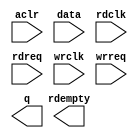
// megafunction wizard: %FIFO%VBB%
// GENERATION: STANDARD
// VERSION: WM1.0
// MODULE: dcfifo 

// ============================================================
// Megafunction Name(s):
// 			dcfifo
//
// Simulation Library Files(s):
// 			altera_mf
// ============================================================
// ************************************************************
// THIS IS A WIZARD-GENERATED FILE. DO NOT EDIT THIS FILE!
//
// 9.1 Build 350 03/24/2010 SP 2 SJ Full Version
// ************************************************************

//Copyright (C) 1991-2010 Altera Corporation
//Your use of Altera Corporation's design tools, logic functions 
//and other software and tools, and its AMPP partner logic 
//functions, and any output files from any of the foregoing 
//(including device programming or simulation files), and any 
//associated documentation or information are expressly subject 
//to the terms and conditions of the Altera Program License 
//Subscription Agreement, Altera MegaCore Function License 
//Agreement, or other applicable license agreement, including, 
//without limitation, that your use is for the sole purpose of 
//programming logic devices manufactured by Altera and sold by 
//Altera or its authorized distributors.  Please refer to the 
//applicable agreement for further details.

module DcFifo_32x12 (
	aclr,
	data,
	rdclk,
	rdreq,
	wrclk,
	wrreq,
	q,
	rdempty);

	input	  aclr;
	input	[11:0]  data;
	input	  rdclk;
	input	  rdreq;
	input	  wrclk;
	input	  wrreq;
	output	[11:0]  q;
	output	  rdempty;
`ifndef ALTERA_RESERVED_QIS
// synopsys translate_off
`endif
	tri0	  aclr;
`ifndef ALTERA_RESERVED_QIS
// synopsys translate_on
`endif

endmodule

// ============================================================
// CNX file retrieval info
// ============================================================
// Retrieval info: PRIVATE: AlmostEmpty NUMERIC "0"
// Retrieval info: PRIVATE: AlmostEmptyThr NUMERIC "-1"
// Retrieval info: PRIVATE: AlmostFull NUMERIC "0"
// Retrieval info: PRIVATE: AlmostFullThr NUMERIC "-1"
// Retrieval info: PRIVATE: CLOCKS_ARE_SYNCHRONIZED NUMERIC "0"
// Retrieval info: PRIVATE: Clock NUMERIC "4"
// Retrieval info: PRIVATE: Depth NUMERIC "32"
// Retrieval info: PRIVATE: Empty NUMERIC "1"
// Retrieval info: PRIVATE: Full NUMERIC "1"
// Retrieval info: PRIVATE: INTENDED_DEVICE_FAMILY STRING "Arria GX"
// Retrieval info: PRIVATE: LE_BasedFIFO NUMERIC "0"
// Retrieval info: PRIVATE: LegacyRREQ NUMERIC "0"
// Retrieval info: PRIVATE: MAX_DEPTH_BY_9 NUMERIC "0"
// Retrieval info: PRIVATE: OVERFLOW_CHECKING NUMERIC "0"
// Retrieval info: PRIVATE: Optimize NUMERIC "0"
// Retrieval info: PRIVATE: RAM_BLOCK_TYPE NUMERIC "0"
// Retrieval info: PRIVATE: SYNTH_WRAPPER_GEN_POSTFIX STRING "0"
// Retrieval info: PRIVATE: UNDERFLOW_CHECKING NUMERIC "0"
// Retrieval info: PRIVATE: UsedW NUMERIC "1"
// Retrieval info: PRIVATE: Width NUMERIC "12"
// Retrieval info: PRIVATE: dc_aclr NUMERIC "1"
// Retrieval info: PRIVATE: diff_widths NUMERIC "0"
// Retrieval info: PRIVATE: msb_usedw NUMERIC "0"
// Retrieval info: PRIVATE: output_width NUMERIC "12"
// Retrieval info: PRIVATE: rsEmpty NUMERIC "1"
// Retrieval info: PRIVATE: rsFull NUMERIC "0"
// Retrieval info: PRIVATE: rsUsedW NUMERIC "0"
// Retrieval info: PRIVATE: sc_aclr NUMERIC "0"
// Retrieval info: PRIVATE: sc_sclr NUMERIC "0"
// Retrieval info: PRIVATE: wsEmpty NUMERIC "0"
// Retrieval info: PRIVATE: wsFull NUMERIC "0"
// Retrieval info: PRIVATE: wsUsedW NUMERIC "0"
// Retrieval info: CONSTANT: INTENDED_DEVICE_FAMILY STRING "Arria GX"
// Retrieval info: CONSTANT: LPM_NUMWORDS NUMERIC "32"
// Retrieval info: CONSTANT: LPM_SHOWAHEAD STRING "ON"
// Retrieval info: CONSTANT: LPM_TYPE STRING "dcfifo"
// Retrieval info: CONSTANT: LPM_WIDTH NUMERIC "12"
// Retrieval info: CONSTANT: LPM_WIDTHU NUMERIC "5"
// Retrieval info: CONSTANT: OVERFLOW_CHECKING STRING "ON"
// Retrieval info: CONSTANT: RDSYNC_DELAYPIPE NUMERIC "4"
// Retrieval info: CONSTANT: UNDERFLOW_CHECKING STRING "ON"
// Retrieval info: CONSTANT: USE_EAB STRING "ON"
// Retrieval info: CONSTANT: WRITE_ACLR_SYNCH STRING "OFF"
// Retrieval info: CONSTANT: WRSYNC_DELAYPIPE NUMERIC "4"
// Retrieval info: USED_PORT: aclr 0 0 0 0 INPUT GND aclr
// Retrieval info: USED_PORT: data 0 0 12 0 INPUT NODEFVAL data[11..0]
// Retrieval info: USED_PORT: q 0 0 12 0 OUTPUT NODEFVAL q[11..0]
// Retrieval info: USED_PORT: rdclk 0 0 0 0 INPUT NODEFVAL rdclk
// Retrieval info: USED_PORT: rdempty 0 0 0 0 OUTPUT NODEFVAL rdempty
// Retrieval info: USED_PORT: rdreq 0 0 0 0 INPUT NODEFVAL rdreq
// Retrieval info: USED_PORT: wrclk 0 0 0 0 INPUT NODEFVAL wrclk
// Retrieval info: USED_PORT: wrreq 0 0 0 0 INPUT NODEFVAL wrreq
// Retrieval info: CONNECT: @data 0 0 12 0 data 0 0 12 0
// Retrieval info: CONNECT: q 0 0 12 0 @q 0 0 12 0
// Retrieval info: CONNECT: @wrreq 0 0 0 0 wrreq 0 0 0 0
// Retrieval info: CONNECT: @rdreq 0 0 0 0 rdreq 0 0 0 0
// Retrieval info: CONNECT: @rdclk 0 0 0 0 rdclk 0 0 0 0
// Retrieval info: CONNECT: @wrclk 0 0 0 0 wrclk 0 0 0 0
// Retrieval info: CONNECT: rdempty 0 0 0 0 @rdempty 0 0 0 0
// Retrieval info: CONNECT: @aclr 0 0 0 0 aclr 0 0 0 0
// Retrieval info: LIBRARY: altera_mf altera_mf.altera_mf_components.all
// Retrieval info: GEN_FILE: TYPE_NORMAL DcFifo_32x12.v TRUE
// Retrieval info: GEN_FILE: TYPE_NORMAL DcFifo_32x12.inc FALSE
// Retrieval info: GEN_FILE: TYPE_NORMAL DcFifo_32x12.cmp FALSE
// Retrieval info: GEN_FILE: TYPE_NORMAL DcFifo_32x12.bsf TRUE
// Retrieval info: GEN_FILE: TYPE_NORMAL DcFifo_32x12_inst.v FALSE
// Retrieval info: GEN_FILE: TYPE_NORMAL DcFifo_32x12_bb.v TRUE
// Retrieval info: GEN_FILE: TYPE_NORMAL DcFifo_32x12_waveforms.html TRUE
// Retrieval info: GEN_FILE: TYPE_NORMAL DcFifo_32x12_wave*.jpg FALSE
// Retrieval info: LIB_FILE: altera_mf